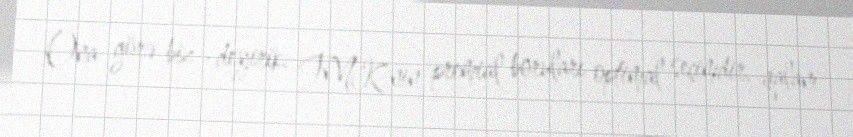
Ona görə biz -deyirik: TMK-nin premial boruları optimal seçimdir, qalanı